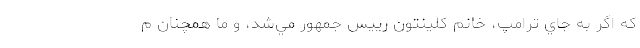
كه اگر به جاي ترامپ، خانم كلينتون رييس جمهور مي‌شد، و ما همچنان م